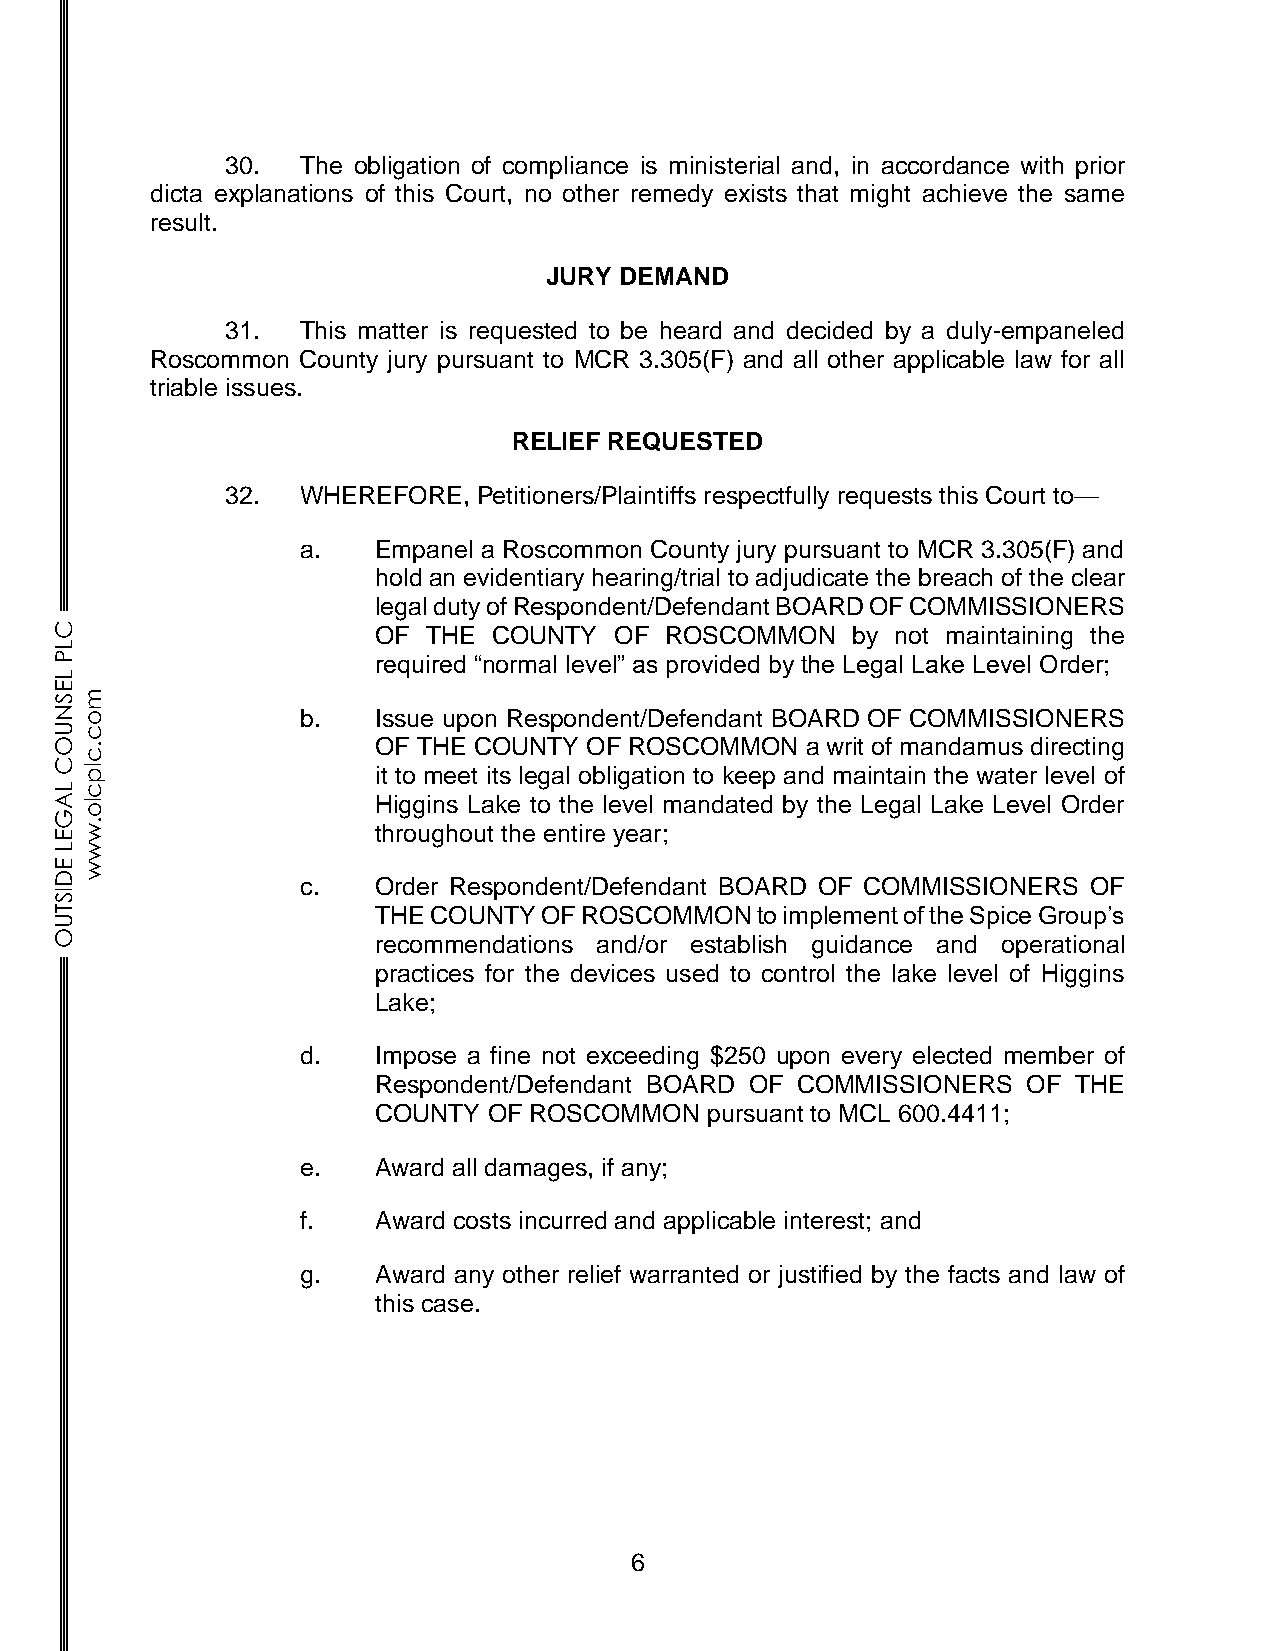
30.  The obligation of compliance is ministerial and, in accordance with prior
 dicta explanations of this Court, no other remedy exists that might achieve the same
 result.
 JURY DEMAND
 31.  This matter is requested to be heard and decided by a duly-empaneled
 Roscommon County jury pursuant to MCR 3.305(F) and all other applicable law for all
 triable issues.
 RELIEF REQUESTED
 32.  WHEREFORE,  Petitioners/Plaintiffs respectfully requests this Court to—
 a.   Empanel a Roscommon County jury pursuant to MCR 3.305(F) and
 hold an evidentiary hearing/trial to adjudicate the breach of the clear
 legal duty of Respondent/Defendant BOARD OF COMMISSIONERS
 C                    OF THE  COUNTY  OF ROSCOMMON   by not maintaining the
 L
 P                    required “normal level” as provided by the Legal Lake Level Order;
 L
 E
 Sm
 N o             b.   Issue upon Respondent/Defendant BOARD OF COMMISSIONERS
 Uc
 O.                   OF THE COUNTY OF ROSCOMMON  a writ of mandamus directing
 c
 Clp
 it to meet its legal obligation to keep and maintain the water level of
 Lc
 Alo                  Higgins Lake to the level mandated by the Legal Lake Level Order
 G
 E. w                 throughout the entire year;
 Lw
 Ew
 D               c.   Order Respondent/Defendant BOARD OF COMMISSIONERS OF
 IS
 T                    THE COUNTY OF ROSCOMMON  to implement of the Spice Group’s
 U
 O                    recommendations and/or establish guidance and operational
 practices for the devices used to control the lake level of Higgins
 Lake;
 d.   Impose a fine not exceeding $250 upon every elected member of
 Respondent/Defendant BOARD OF COMMISSIONERS OF THE
 COUNTY OF ROSCOMMON   pursuant to MCL 600.4411;
 e.   Award all damages, if any;
 f.   Award costs incurred and applicable interest; and
 g.   Award any other relief warranted or justified by the facts and law of
 this case.
 6